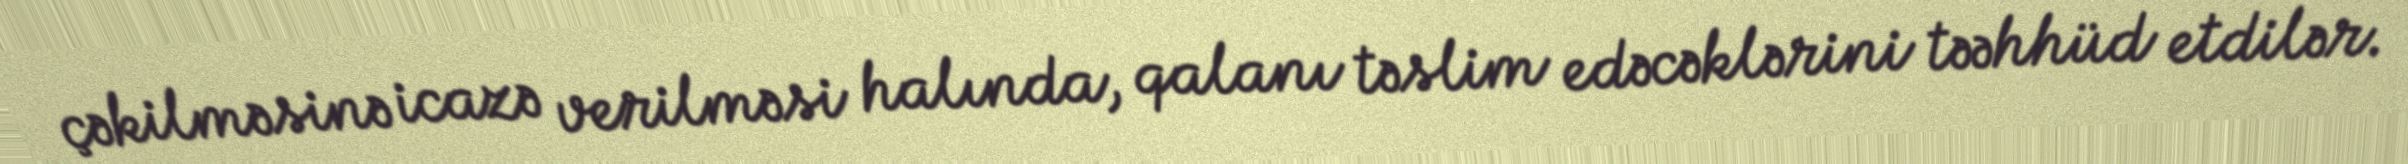
çəkilməsinə icazə verilməsi halında, qalanı təslim edəcəklərini təəhhüd etdilər.